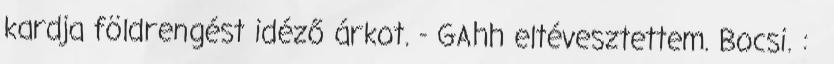
kardja földrengést idéző árkot. - GAhh eltévesztettem. Bocsi. :